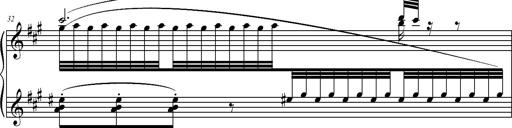
Title: 2 LÃ©gendes
Composer: Franz Liszt